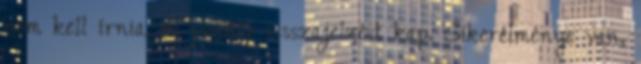
nem kell írnia, és pozitív visszajelzést kap. Sikerélménye van,